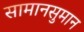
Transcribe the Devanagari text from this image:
सामानसुमान